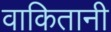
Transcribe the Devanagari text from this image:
वाकितानी